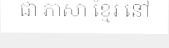
ជា ភាសា ខ្មែរ នៅ